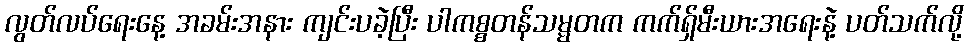
လွတ်လပ်ရေးနေ့ အခမ်းအနား ကျင်းပခဲ့ပြီး ပါကစ္စတန်သမ္မတက ကက်ရှ်မီးယားအရေးနဲ့ ပတ်သက်လို့